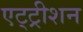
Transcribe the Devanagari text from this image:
एट्ट्रीशन